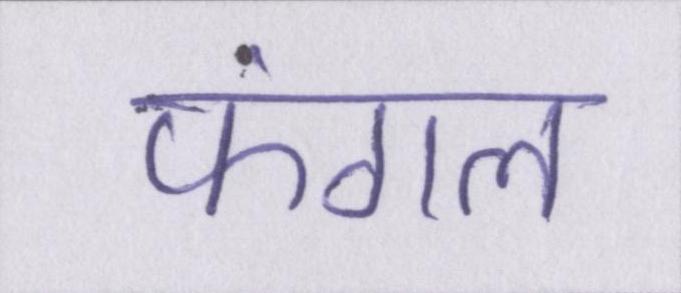
फंगल